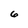
Character: 6